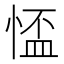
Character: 𢝙